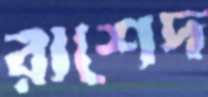
রাশেদ